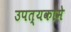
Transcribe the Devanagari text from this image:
उपत्यकामे